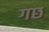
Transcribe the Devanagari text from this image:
गछ